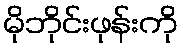
မိုဘိုင်းဖုန်းကို